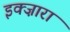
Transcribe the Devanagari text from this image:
इक्ज़ारा